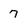
Character: 7